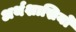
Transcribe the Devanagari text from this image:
अर्थशास्रियों